Vaccination North-Western Provinces 1866-1877 - 1866-1877
Year: 1866
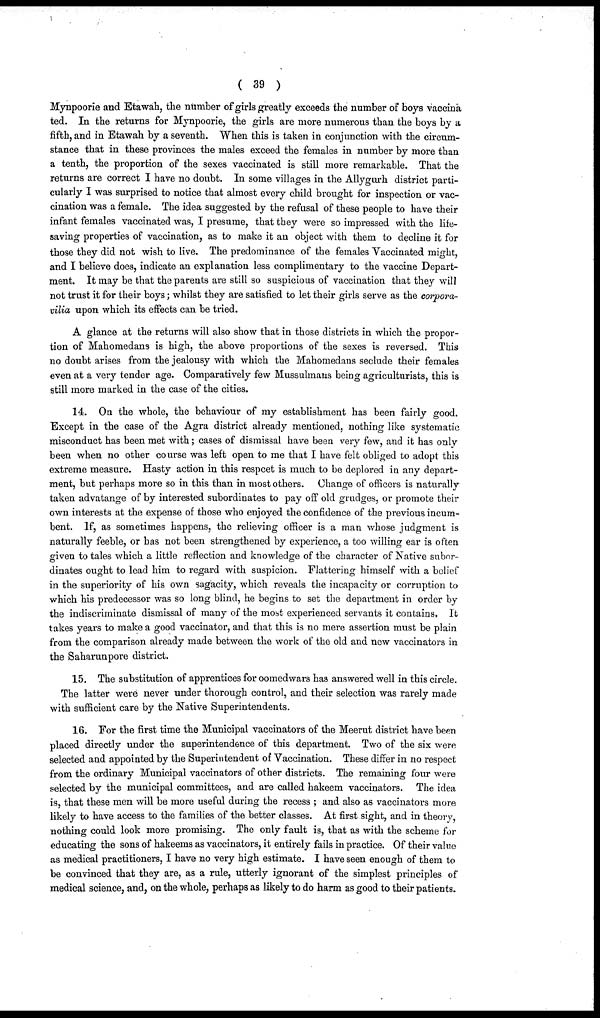
( 39 )
Mynpoorie and Etawah, the number of girls greatly exceeds the number of boys vaccina¬
ted. In the returns for Mynpoorie, the girls are more numerous than the boys by a
fifth, and in Etawah by a seventh. When this is taken in conjunction with the circum-
stance that in these provinces the males exceed the females in number by more than
a tenth, the proportion of the sexes vaccinated is still more remarkable. That the
returns are correct I have no doubt. In some villages in the Allygurh district parti-
cularly I was surprised to notice that almost every child brought for inspection or vac-
cination was a female. The idea suggested by the refusal of these people to have their
infant females vaccinated was, I presume, that they were so impressed with the life-
saving properties of vaccination, as to make it an object with them to decline it for
those they did not wish to live. The predominance of the females Vaccinated might,
and I believe does, indicate an explanation less complimentary to the vaccine Depart-
ment. It may be that the parents are still so suspicious of vaccination that they will
not trust it for their boys; whilst they are satisfied to let their girls serve as the corpora¬
vilia upon which its effects can be tried.
A glance at the returns will also show that in those districts in which the propor-
tion of Mahomedans is high, the above proportions of the sexes is reversed. This
no doubt arises from the jealousy with which the Mahomedans seclude their females
even at a very tender age. Comparatively few Mussulmans being agriculturists, this is
still more marked in the case of the cities.
14. On the whole, the behaviour of my establishment has been fairly good.
Except in the case of the Agra district already mentioned, nothing like systematic
misconduct has been met with; cases of dismissal have been very few, and it has only
been when no other course was left open to me that I have felt obliged to adopt this
extreme measure. Hasty action in this respect is much to be deplored in any depart-
ment, but perhaps more so in this than in most others. Change of officers is naturally
taken advatange of by interested subordinates to pay off old grudges, or promote their
own interests at the expense of those who enjoyed the confidence of the previous incum-
bent. If, as sometimes happens, the relieving officer is a man whose judgment is
naturally feeble, or has not been strengthened by experience, a too willing ear is often
given to tales which a little reflection and knowledge of the character of Native subor-
dinates ought to lead him to regard with suspicion. Flattering himself with a belief
in the superiority of his own sagacity, which reveals the incapacity or corruption to
which his predecessor was so long blind, he begins to set the department in order by
the indiscriminate dismissal of many of the most experienced servants it contains. It
takes years to make a good vaccinator, and that this is no mere assertion must be plain
from the comparison already made between the work of the old and new vaccinators in
the Saharunpore district.
15. The substitution of apprentices for oomedwars has answered well in this circle.
The latter were never under thorough control, and their selection was rarely made
with sufficient care by the Native Superintendents.
16. For the first time the Municipal vaccinators of the Meerut district have been
placed directly under the superintendence of this department. Two of the six were
selected and appointed by the Superintendent of Vaccination. These differ in no respect
from the ordinary Municipal vaccinators of other districts. The remaining four were
selected by the municipal committees, and are called hakeem vaccinators. The idea
is, that these men will be more useful during the recess ; and also as vaccinators more
likely to have access to the families of the better classes. At first sight, and in theory,
nothing could look more promising. The only fault is, that as with the scheme for
educating the sons of hakeems as vaccinators, it entirely fails in practice. Of their value
as medical practitioners, I have no very high estimate. I have seen enough of them to
be convinced that they are, as a rule, utterly ignorant of the simplest principles of
medical science, and, on the whole, perhaps as likely to do harm as good to their patients.